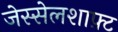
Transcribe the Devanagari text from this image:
जेस्सेलशाफ़्ट